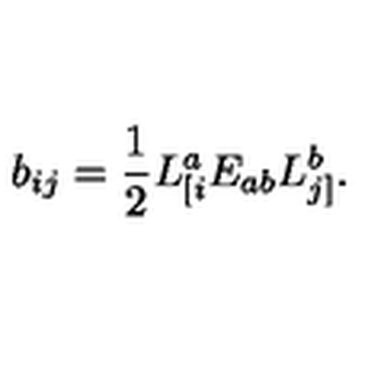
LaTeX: b _ { i j } = \frac { 1 } { 2 } L _ { [ i } ^ { a } E _ { a b } L _ { j ] } ^ { b } .